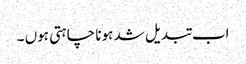
اب تبدیل شد ہونا چاہتی ہوں ۔